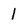
Character: 1